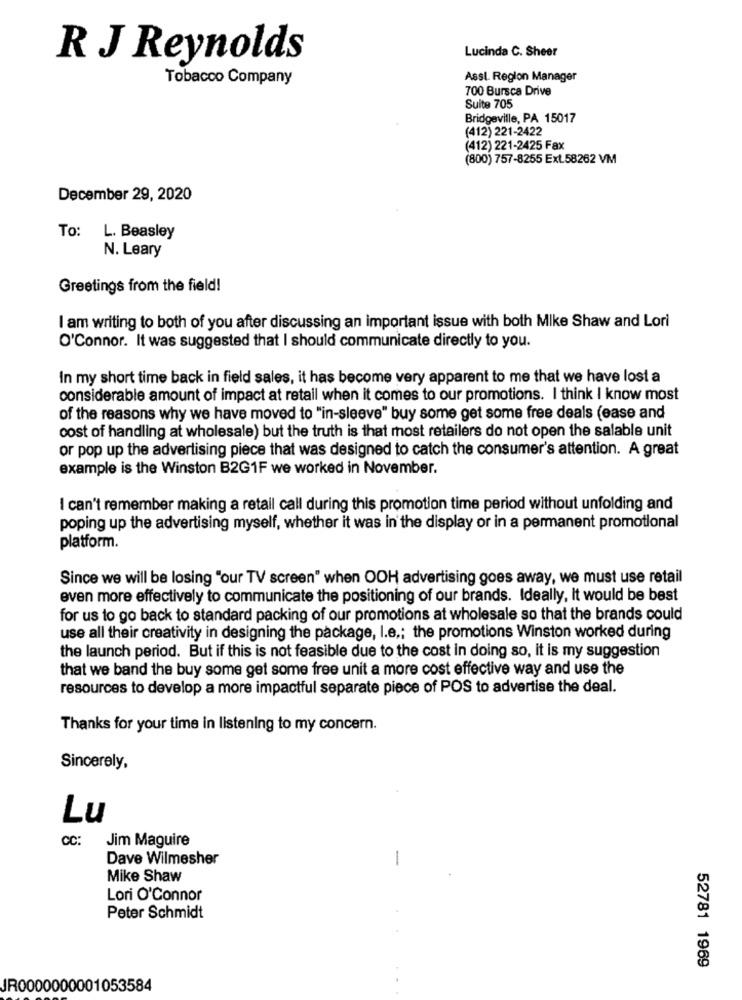
Lucinda C. Sheer
R J Reynolds
Tobacco Company
Asst. Region Manager
700 Bursca Drive
Suite 705
Bridgeville, PA 15017
(412) 221-2422
(412) 221-2425 Fax
(800) 757-8255 Ext.58262 VM
December 29, 2020
To: L. Beasley
N. Leary
Greetings from the field!
I am writing to both of you after discussing an important issue with both Mike Shaw and Lori
O'Connor. It was suggested that I should communicate directly to you.
In my short time back in field sales, it has become very apparent to me that we have lost a
considerable amount of impact at retail when it comes to our promotions. I think I know most
of the reasons why we have moved to "in-sleeve" buy some get some free deals (ease and
cost of handling at wholesale) but the truth is that most retailers do not open the salable unit
or pop up the advertising piece that was designed to catch the consumer's attention. A great
example is the Winston B2G1F we worked in November.
I can't remember making a retail call during this promotion time period without unfolding and
poping up the advertising myself, whether it was in the display or in a permanent promotional
platform.
Since we will be losing "our TV screen" when OOH advertising goes away, we must use retail
even more effectively to communicate the positioning of our brands. Ideally, It would be best
for us to go back to standard packing of our promotions at wholesale so that the brands could
use all their creativity in designing the package, I.e .: the promotions Winston worked during
the launch period. But if this is not feasible due to the cost in doing so, it is my suggestion
that we band the buy some get some free unit a more cost effective way and use the
resources to develop a more impactful separate piece of POS to advertise the deal.
Thanks for your time in listening to my concern.
Sincerely,
Lu
CC:
Jim Maguire
Dave Wilmesher
-
Mike Shaw
Lori O'Connor
Peter Schmidt
52781 1969
JR0000000001053584